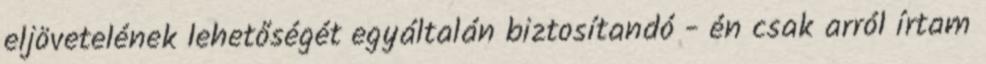
eljövetelének lehetőségét egyáltalán biztosítandó - én csak arról írtam